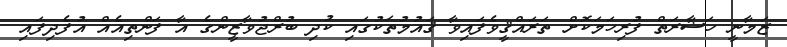
ޒަމާނީ ހަޟާރަތް ފުރިހަމަކޮށް ތަރައްޤީވެފައިވާ ޤައުމުތަކުގައި ކުދި ބުރްޖުވާޒީންގެ އާ ފަންތިއެއް އުފެދިފައި